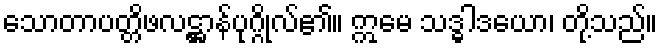
သောတာပတ္တိဖလဋ္ဌာန်ပုဂ္ဂိုလ်၏။ ဣမေ သဒ္ဓါဒယော၊ တို့သည်။